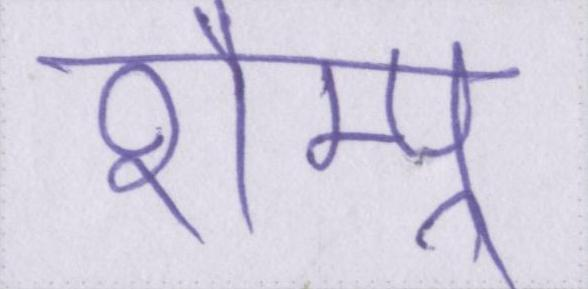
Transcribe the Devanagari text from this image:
शैम्पू